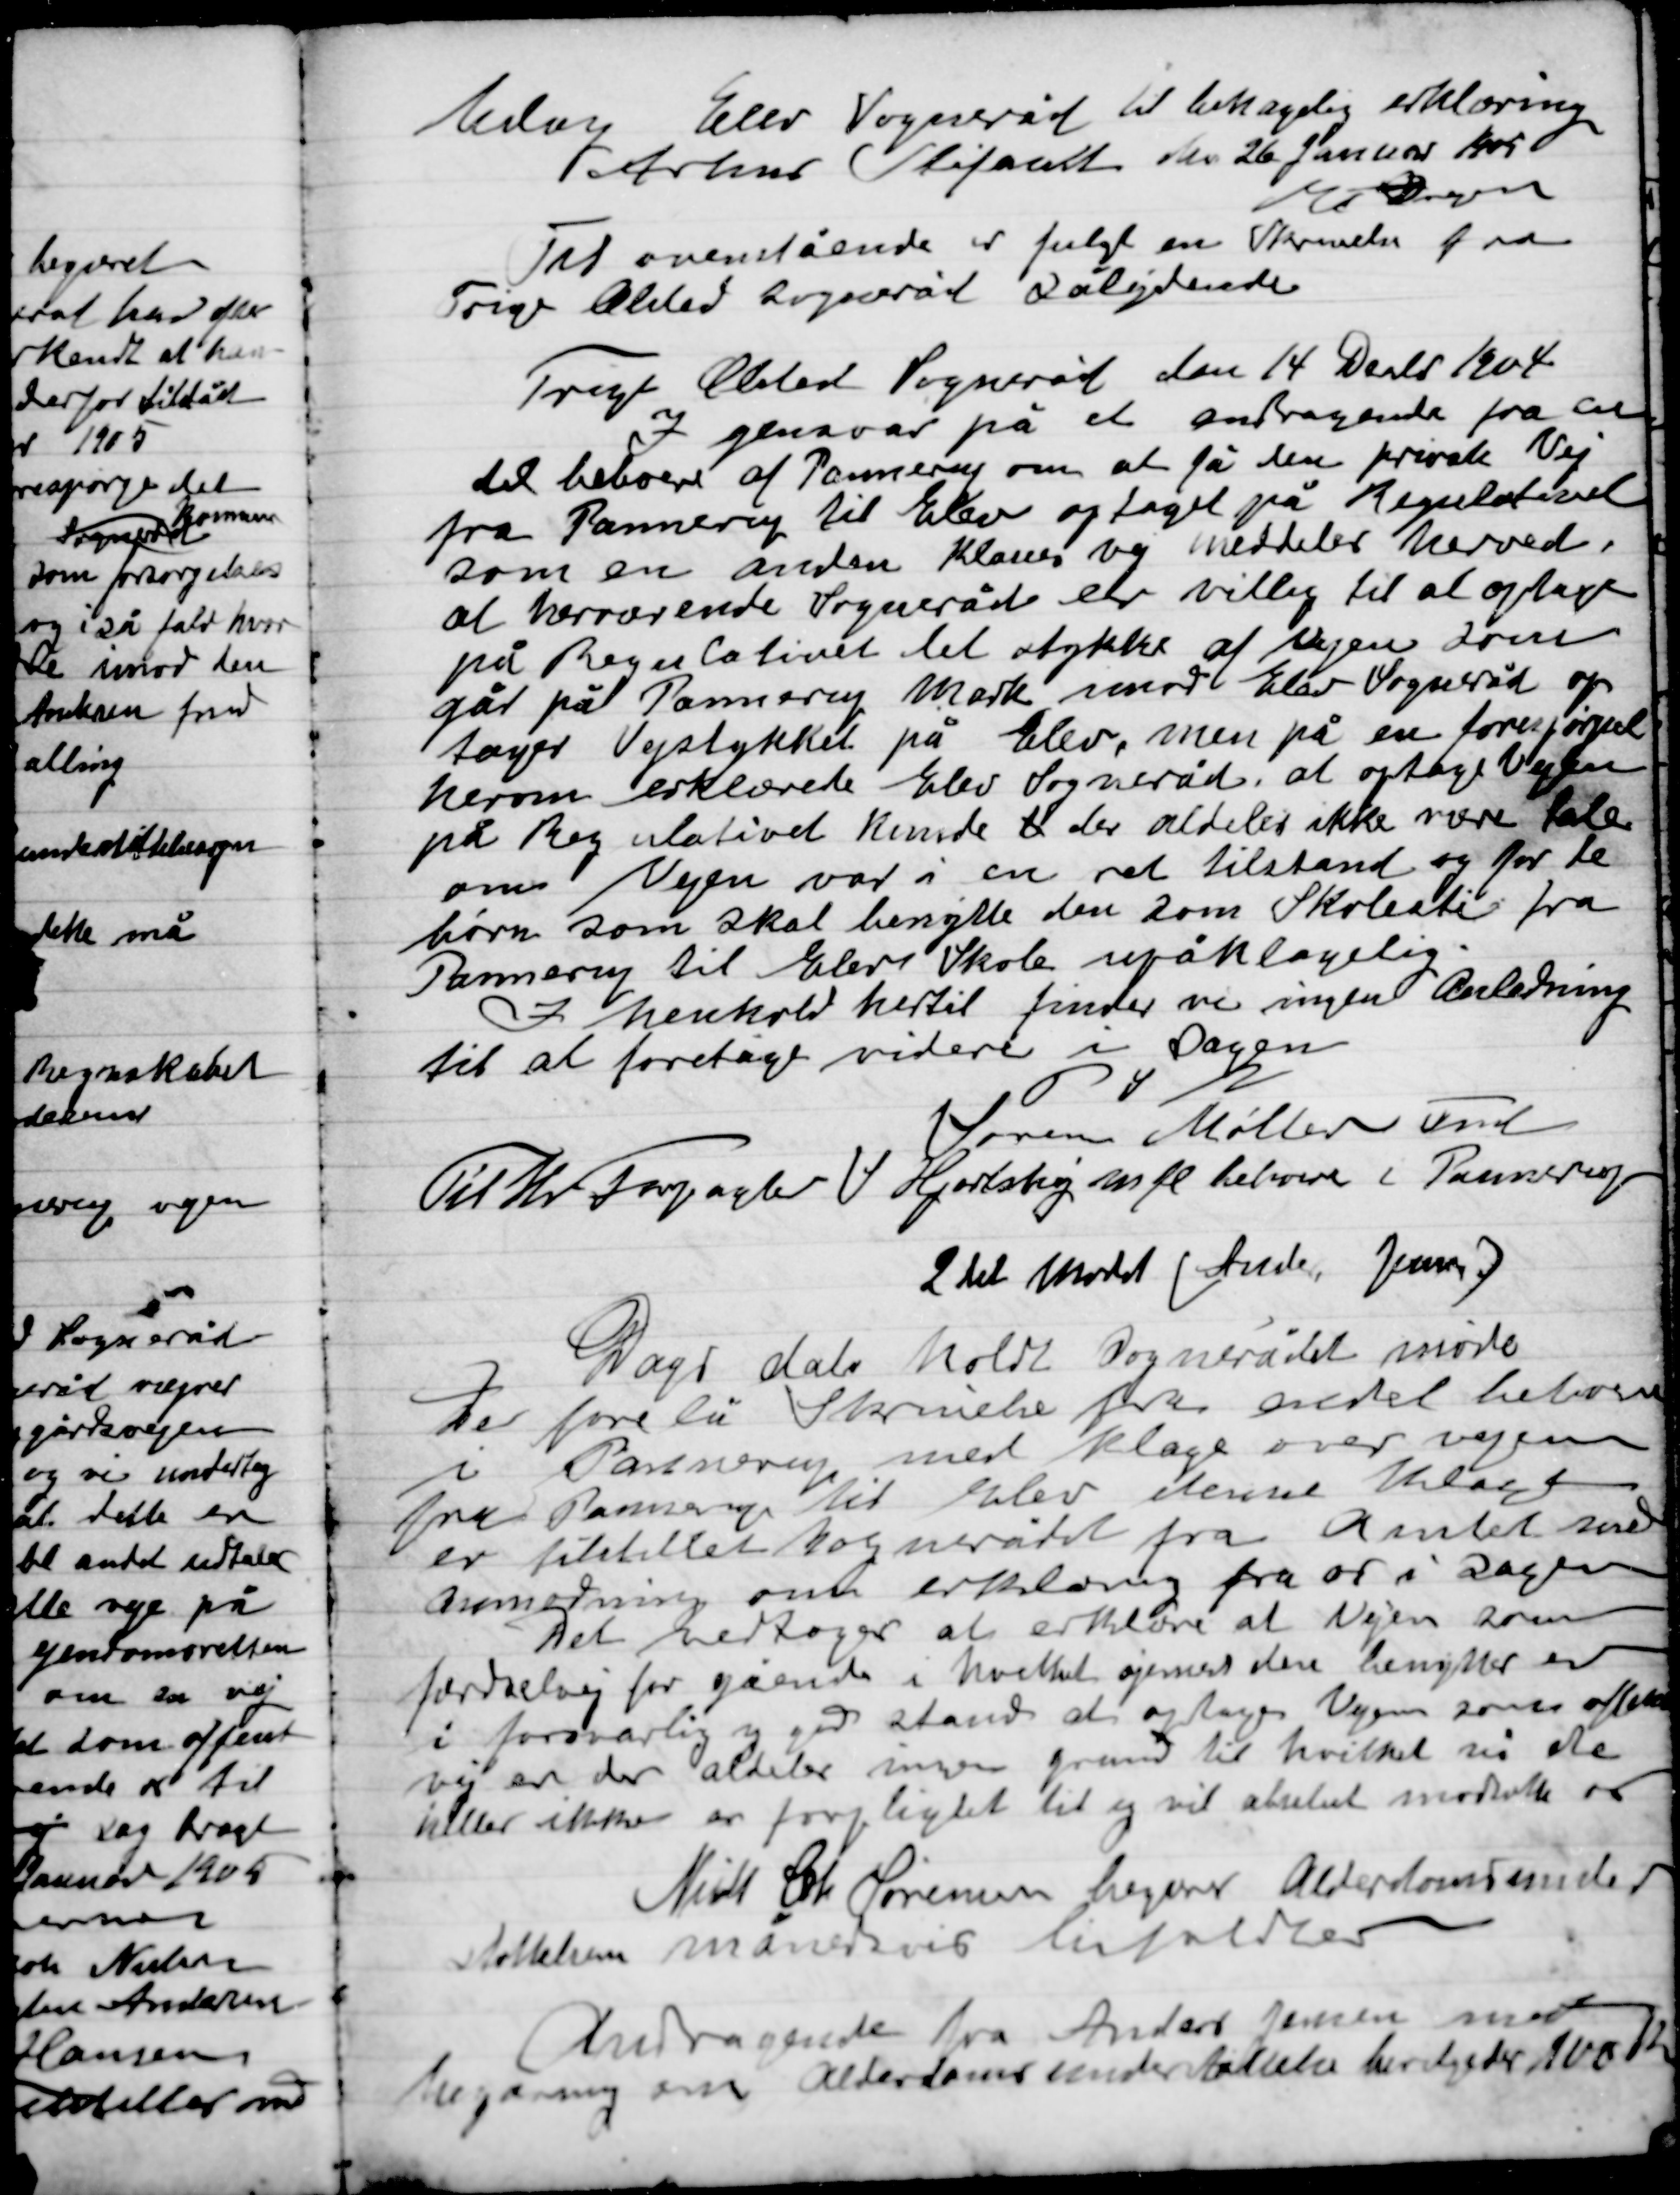
Transskription:
Idag  Elev Sogneråd til behagelig erklæring
Århus skiftamt den 26 Januar 1905
Mortensen

Til ovenstående er fulgt en Skrivelse fra
Trige Ølsted Sogneråd sålydende

Trige Ølsted Sogneråd den 14 December 1904
I gensvar på et andragende fra en
del beboer af Pannerup om at få den private Vej
fra Pannerup til Elev optaget på Regulativet
som en anden Klasse vej meddeler her ved,
at herværende Sogneråd er villig til at optage
på Regulativet det stykke af vejen som
går på Pannerup mark som elev Sogneråd op-
tager Vejstykket på Elev, men på en forespørgsel
herom erklærede Elev Sogneråd at optage Vejen
på regulativet kunde det der aldeles ikke vær tale
om vejen var i en ret tilstand og for de
børn som skal benyttet den som Skolesti fra
Pannerup til Elev Skole upåklagelig.
I henhold hertil finder vi ingen Anledning
til at foretage vider i Sagen
P.S.V.
Søren Møller Fmd.

Til Hr. forpagter N. Hjortshøj m. fl. beboere i Pannerup
2 del møde Anden Januar

Dags dato holdt sognerådet møde
Der forelå skrivelser fra en del beboere
I Pannerup med klage over vejen
fra Pannerup til Elev denne klage
er tilstillet Sognerådet fra Amtet som
Anmodning om erklæring fra os i sagen
Det vedtager at erklære at vejen som
forefindes for gående i hvilket øjemed denne benyttes er
I forsvarlig og god stand at optage Vejen som offentlig
vej er der aldeles ingen grund til hvilket vi de
heller ikke er forpligtiget til og vil absolut modsatte os.

Niels Chr. Sørensen Andrager Alderdomsunder-
støttelse månedesvis

Andragende fra Anders Jensen modtaget
Begæring om Alderdomsunderstøttelse betegner 100 Kr.